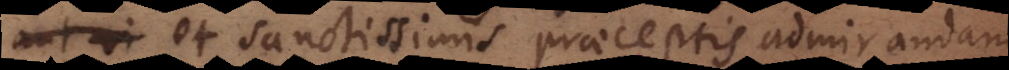
aut vi et sanctissimis praeceptis admirandam